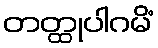
တတ္ထုပါဂမိံ